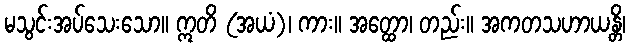
မသွင်းအပ်သေးသော။ ဣတိ (အယံ)၊ ကား။ အတ္ထော၊ တည်း။ အကတသဟာယန္တိ၊